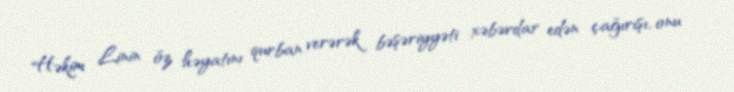
Həkim Linin öz həyatını qurban verərək bəşəriyyəti xəbərdar edən çağırışı, onu